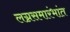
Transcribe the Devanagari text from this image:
लग्नसमारंभांत